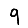
Digit: 9